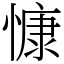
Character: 慷